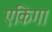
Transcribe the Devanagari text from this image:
एकिगा